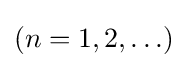
(n=1,2,\ldots )